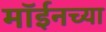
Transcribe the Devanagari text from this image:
मॉईनच्या